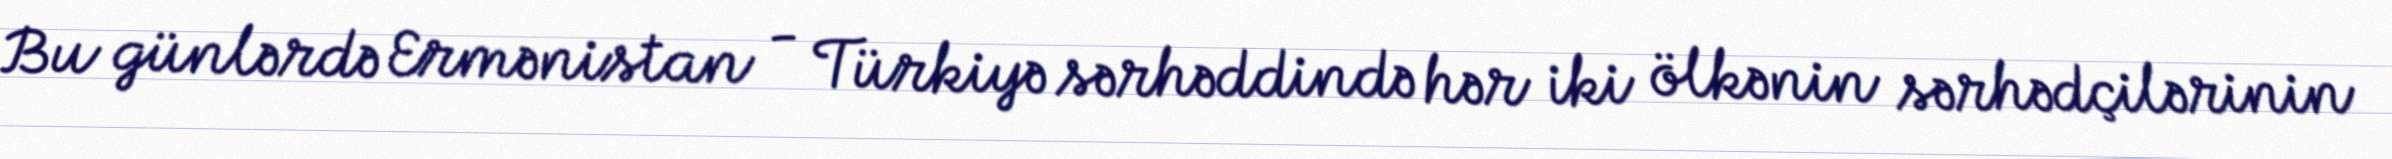
Bu günlərdə Ermənistan - Türkiyə sərhəddində hər iki ölkənin sərhədçilərinin